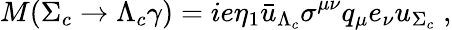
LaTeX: M(\Sigma_{c}\to\Lambda_{c}\gamma)=ie\eta_{1}{\bar{u}}_{\Lambda_{c}}\sigma^{\mu\nu}q_{\mu}e_{\nu}u_{\Sigma_{c}}\; ,